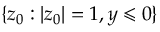
\{ z _ { 0 } : | z _ { 0 } | = 1 , y \leqslant 0 \}